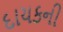
દાયકની